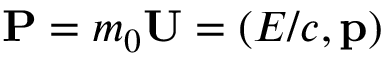
{ \boldsymbol { \mathbf { P } } } = m _ { 0 } { \boldsymbol { \mathbf { U } } } = ( E / c , \mathbf { p } )